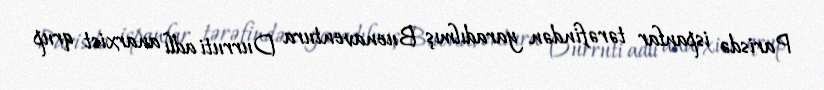
Parisdə ispanlar tərəfindən yaradılmış Buenaventura Durruti adlı anarxist qrup